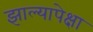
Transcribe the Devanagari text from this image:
झाल्यापेक्षा